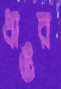
ধাঙর